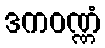
ဒကဝဏ္ဏံ